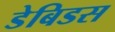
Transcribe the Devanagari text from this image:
डेबिडस